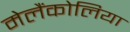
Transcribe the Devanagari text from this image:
मेलैंकोलिया